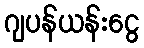
ဂျပန်ယန်းငွေ